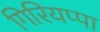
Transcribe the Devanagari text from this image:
गिरियप्पा